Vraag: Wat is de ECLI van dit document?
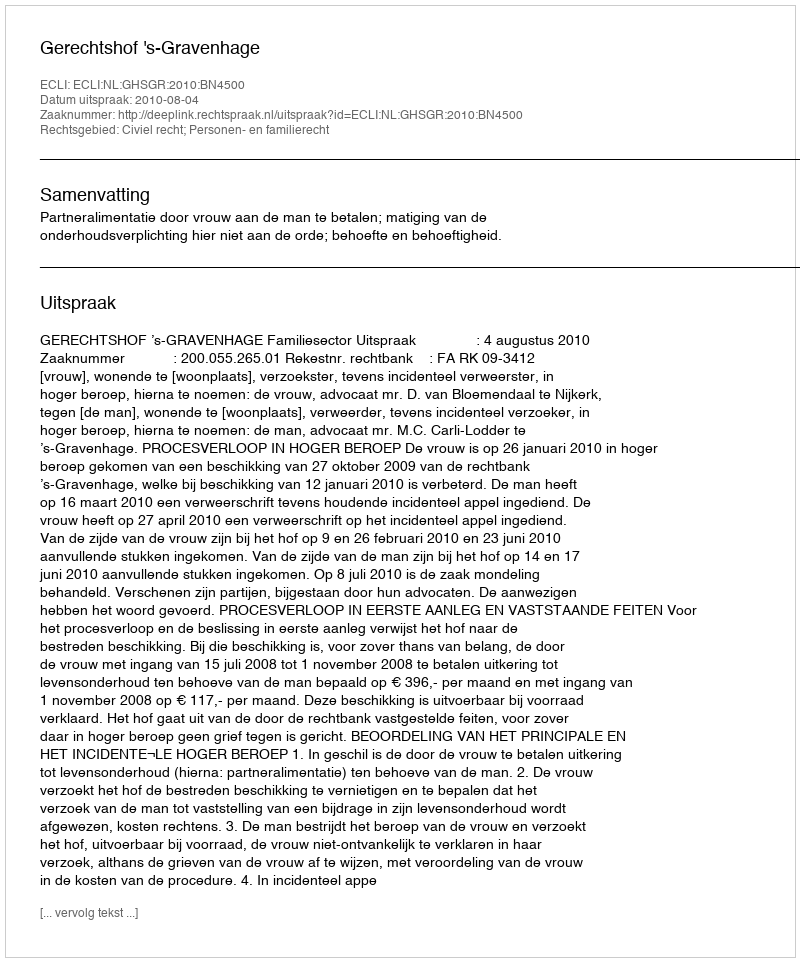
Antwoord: ECLI:NL:GHSGR:2010:BN4500